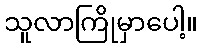
သူလာကြိုမှာပေါ့။